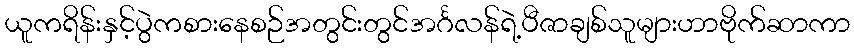
ယူကရိန်းနှင့်ပွဲကစားနေစဉ်အတွင်းတွင်အင်္ဂလန်ရဲ့ပီဇာချစ်သူများဟာဗိုက်ဆာကာ